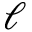
\ell